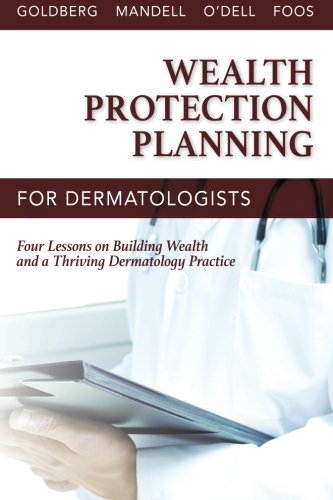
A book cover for Wealth Protection Planning for Dermatologists: Four Lessons on Building Wealth and a Thriving Dermatology Practice; JD, Dr. David J. Goldberg MD; Business & Money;